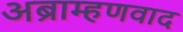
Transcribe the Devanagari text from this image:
अब्राम्हणवाद